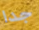
جدا